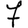
Digit: 7